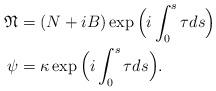
LaTeX: \begin{align*}\mathfrak{N} &= (N+iB)\exp\Big(i\int_{0}^{s}\tau ds\Big)\\\psi &= \kappa\exp\Big(i\int_{0}^{s}\tau ds\Big).\end{align*}